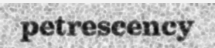
petrescency